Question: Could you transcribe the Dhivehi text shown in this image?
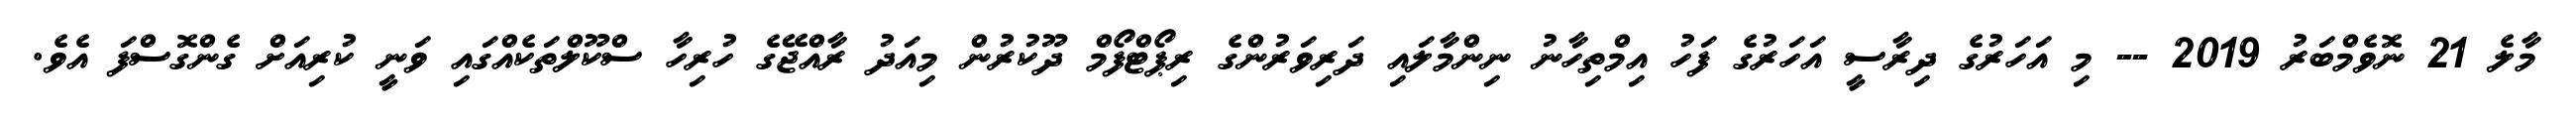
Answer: މާލެ 21 ނޮވެމްބަރު 2019 -- މި އަހަރުގެ ދިރާސީ އަހަރުގެ ފަހު އިމްތިހާނު ނިންމާލައި ދަރިވަރުންގެ ރިޕޯޓްފޯމް ދޫކުރުން މިއަދު ރާއްޖޭގެ ހުރިހާ ސްކޫލްތަކެއްގައި ވަނީ ކުރިއަށް ގެންގޮސްފަ އެވެ.